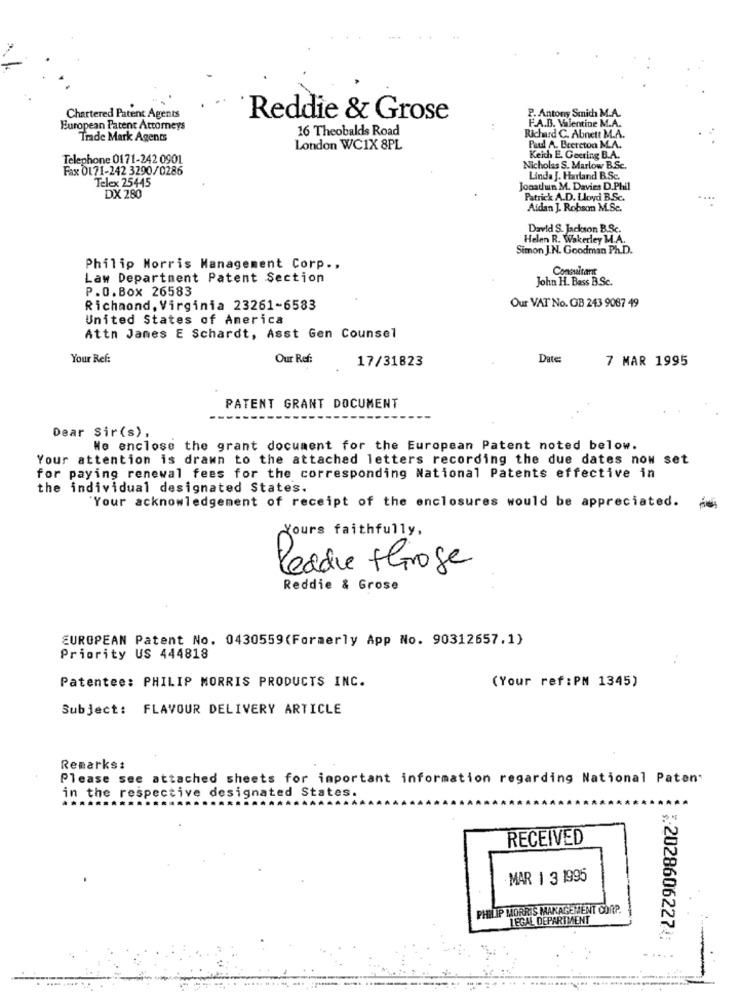
Chartered Patent Agents
Reddie & Grose
P. Antony Smich M.A.
European Patent Attorneys
16 Theobalds Road
F.A.D. Valentine M.A.
Trade Mark Agents
Richard C. Abnett M.A.
London WCIX 8PL
Padd A. Brereton M.A.
Telephone 0171-242 0901
Keith E. Geering B.A.
Fax 0171-242 3290/0286
Nicholas S. Marlow B.Sc.
Telex 25445
Linda J. Harland B.Sc.
Jonathan M. Davies D.Phil
DX 280
Patrick A.D. Lloyd B.Sc.
Aidan J. Robsom M.Sc.
David S. Jackson B.Sc.
Helen R. Wakerley M.A.
Simon J.N. Goodman Ph.D.
Philip Morris Management Corp .,
Consultant
Law Department Patent Section
John H. Bass B.Sc.
P.O.Box 26583
Richmond, Virginia 23261-6583
Our VAT No. OB 243 9087 49
United States of America
Attn James E Schardt, Asst Gen Counsel
Your Ref:
Our Ref:
17/31823
Date:
7 MAR 1995
PATENT GRANT DOCUMENT
Dear Sir(s),
We enclose the grant document for the European Patent noted below.
Your attention is drawn to the attached letters recording the due dates now set
for paying renewal fees for the corresponding National Patents effective in
the individual designated States.
`Your acknowledgement of receipt of the enclosures would be appreciated.
Yours faithfully,
Leade Shroge
Reddie & Grose
EUROPEAN Patent No. 0430559(Formerly App No. 90312657.1)
Priority US 444818
Patentee: PHILIP MORRIS PRODUCTS INC.
(Your ref : PM 1345)
Subject: FLAVOUR DELIVERY ARTICLE
Remarks:
Please see attached sheets for important information regarding National Paten.
in the respective designated States.
RECEIVED
MAR | 3 1995
PHILIP MORRIS MANAGEMENT CORP.
LEGAL DEPARTMENT
;2028606227